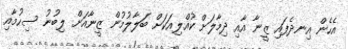
އެހެން އިނދެފައި ޒީނާ އާއި ދިމާލަށް ކުއްލިއަކަށް ބަލާލުމުން ޒީނާއަށް ލިބުނު ސިހުމާއި